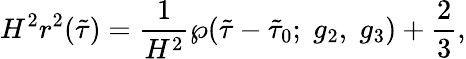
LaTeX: H^{2}r^{2}(\tilde{\tau})=\frac{1}{H^{2}}\wp(\tilde{\tau}-\tilde{\tau}_{0};\; g_{2},\; g_{3})+\frac{2}{3},